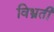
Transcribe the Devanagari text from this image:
विभ्रती